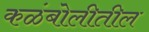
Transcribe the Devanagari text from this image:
कळंबोलीतील